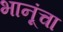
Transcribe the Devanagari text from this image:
भानूंचा